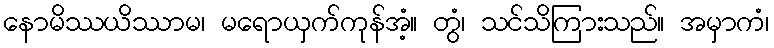
နောမိဿယိဿာမ၊ မရောယှက်ကုန်အံ့။ တွံ၊ သင်သိကြားသည်။ အမှာကံ၊